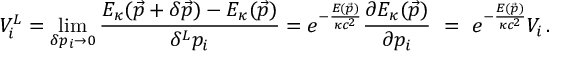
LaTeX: V _ { i } ^ { L } = \operatorname * { l i m } _ { \delta p _ { i } \to 0 } \frac { E _ { \kappa } ( \vec { p } + \delta \vec { p } ) - E _ { \kappa } ( \vec { p } ) } { \delta ^ { L } p _ { i } } = e ^ { - \frac { E ( \vec { p } ) } { \kappa c ^ { 2 } } } \frac { \partial E _ { \kappa } ( \vec { p } ) } { \partial p _ { i } } \ = \ e ^ { - \frac { E ( \vec { p } ) } { \kappa c ^ { 2 } } } V _ { i } \, .